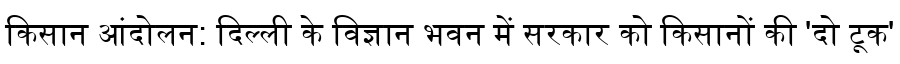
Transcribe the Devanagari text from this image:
किसान आंदोलन: दिल्ली के विज्ञान भवन में सरकार को किसानों की 'दो टूक'